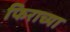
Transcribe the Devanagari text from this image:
फिराच्या